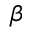
\beta